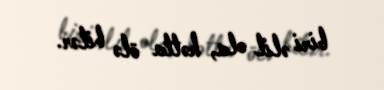
biri əlil ola, hətta ölə bilər.